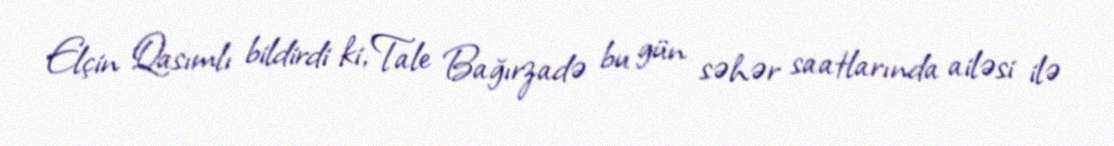
Elçin Qasımlı bildirdi ki, Tale Bağırzadə bu gün səhər saatlarında ailəsi ilə